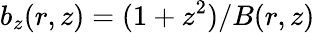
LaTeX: b_{z}(r,z)=(1+z^{2})/B(r,z)